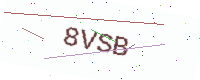
Text: 8VSB